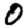
Digit: 0